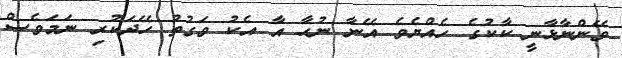
ވޭންނާޅާނީ ކާކުގެ ހެއްޔެވެ އޭނާ ނުހާ އާ އެކު ވަގުތު ހޭދަކުރި ނަމަވެސް